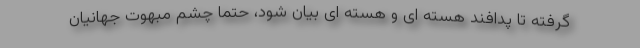
گرفته تا پدافند هسته ای و هسته ای بیان شود، حتماً چشم مبهوت جهانیان